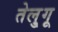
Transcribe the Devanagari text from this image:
तेलु्गू